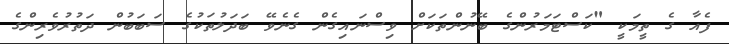
ފެއާ ގެ ތީމަކީ "ކަސްޓަމަރުންގެ ބޭނުންތަކަށް ވިސްނައިގެން ގެނެވޭ ބަދަލުތަކުގެ ސަބަބުން ދަތުރުވެރިންގެ